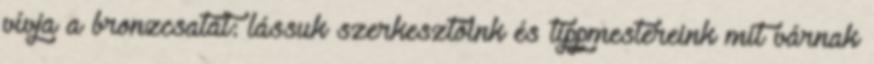
vívja a bronzcsatát: lássuk szerkesztőink és tippmestereink mit várnak